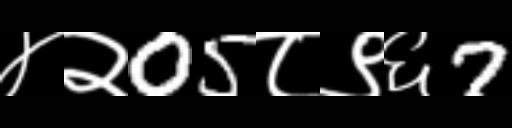
Text: ४२05८९६7